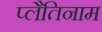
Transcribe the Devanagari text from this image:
प्लैतिनाम